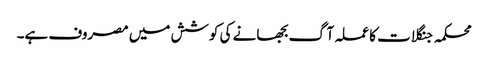
محکمہ جنگلات کا عملہ آگ بجھانے کی کوشش میں مصروف ہے۔